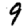
Digit: 9